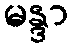
မန္ဒာ